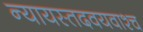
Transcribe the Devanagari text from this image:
न्यायस्तदवयवाश्च